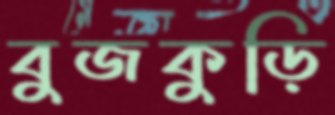
বুজকুড়ি